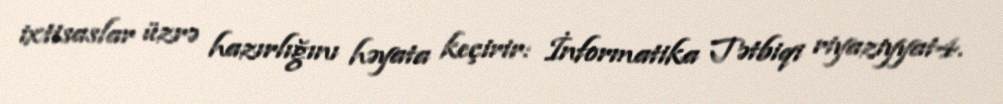
ixtisaslar üzrə hazırlığını həyata keçirir: İnformatika Tətbiqi riyaziyyat4.